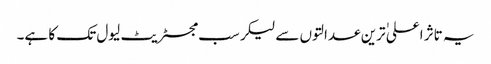
یہ تاثر اعلی ٰترین عدالتوں سے لیکر سب مجسٹریٹ لیول تک کا ہے۔